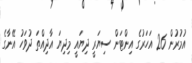
އުމުރުން 26 އަހަރުގެ އިންޓަން ސިޔަރީ ދިޔައީ މިދިޔަ އާދިއްތަ ދުވަހު އޭނާގެ